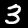
Label: 3